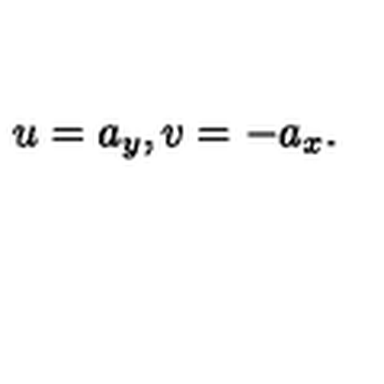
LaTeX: u = a _ { y } , v = - a _ { x } .